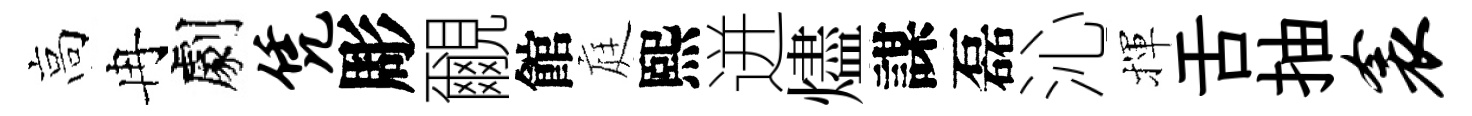
高冉劇凭彫覼館庭熙迸燼謀磊沁揮舌抽衾